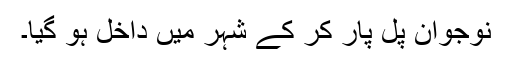
نوجوان پل پار کر کے شہر میں داخل ہو گیا۔